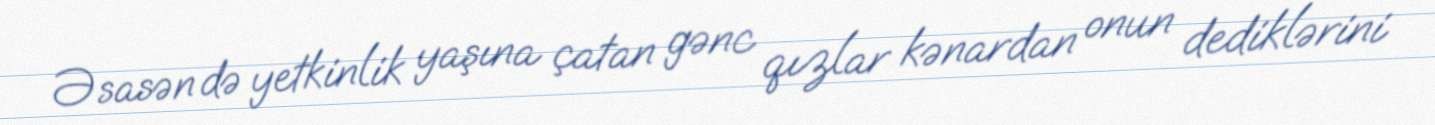
Əsasən də yetkinlik yaşına çatan gənc qızlar kənardan onun dediklərini